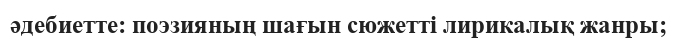
әдебиетте: поэзияның шағын сюжетті лирикалық жанры;